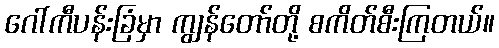
ဂေါ်ကီပန်းခြံမှာ ကျွန်တော်တို့ စကိတ်စီးကြတယ်။